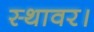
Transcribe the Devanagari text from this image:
स्थावर।